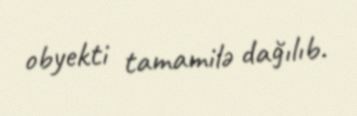
obyekti tamamilə dağılıb.